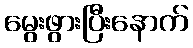
မွေးဖွားပြီးနောက်